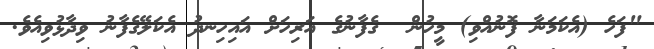
"ފަހެ (އެކަމަނާ ފޮނުއްވި) މީހުން  ގެފާނުގެ އަރިހަށް އައިހިނދު އެކަލޭގެފާނު ވިދާޅުވިއެވެ.